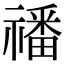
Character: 𥛮